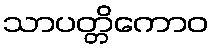
သာပတ္တိကောဝ